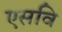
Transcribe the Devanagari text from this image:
एसवि